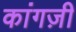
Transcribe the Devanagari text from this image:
कांगज़ी